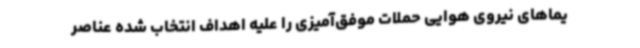
یماهای نیروی هوایی حملات موفق‌آمیزی را علیه اهداف انتخاب شده عناصر